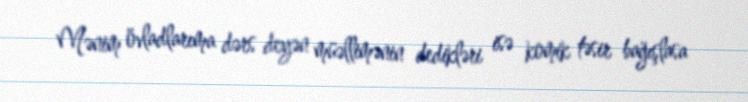
Mənim övladlarıma dərs deyən müəllimənin dedikləri isə komik təsir bağışlasa